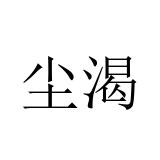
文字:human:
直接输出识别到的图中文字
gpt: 尘渴